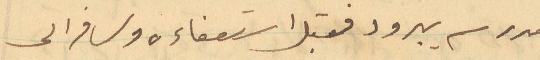
مدرسة يبرود فقبل استعفاءه وسافر الى